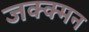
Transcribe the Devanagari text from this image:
जक्क्मन